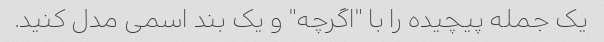
یک جمله پیچیده را با "اگرچه" و یک بند اسمی مدل کنید.